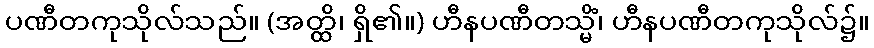
ပဏီတကုသိုလ်သည်။ (အတ္ထိ၊ ရှိ၏။) ဟီနပဏီတသ္မိံ၊ ဟီနပဏီတကုသိုလ်၌။